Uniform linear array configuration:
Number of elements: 12
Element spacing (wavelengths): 0.25
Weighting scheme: hann
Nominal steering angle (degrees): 45
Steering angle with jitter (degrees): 44.424
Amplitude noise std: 0.05
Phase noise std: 0.05

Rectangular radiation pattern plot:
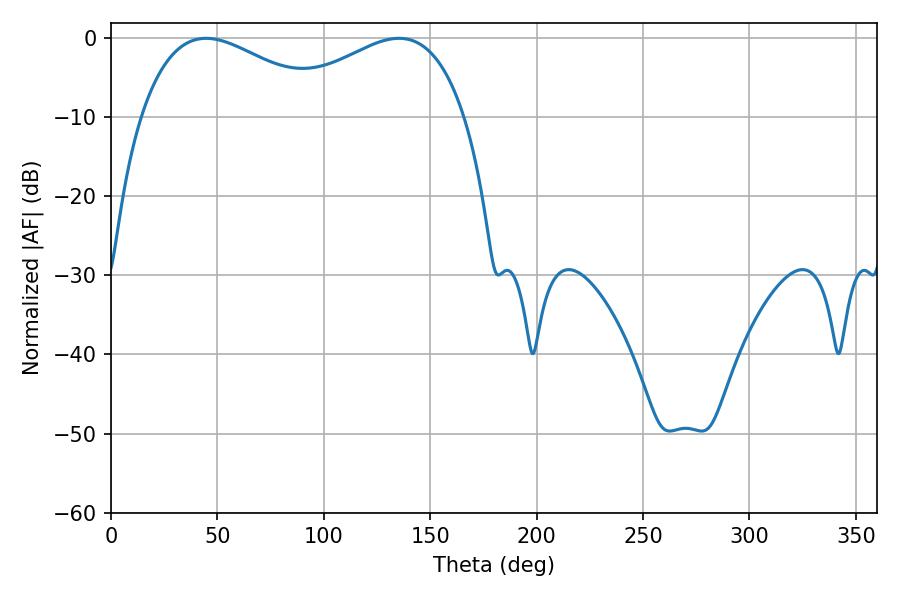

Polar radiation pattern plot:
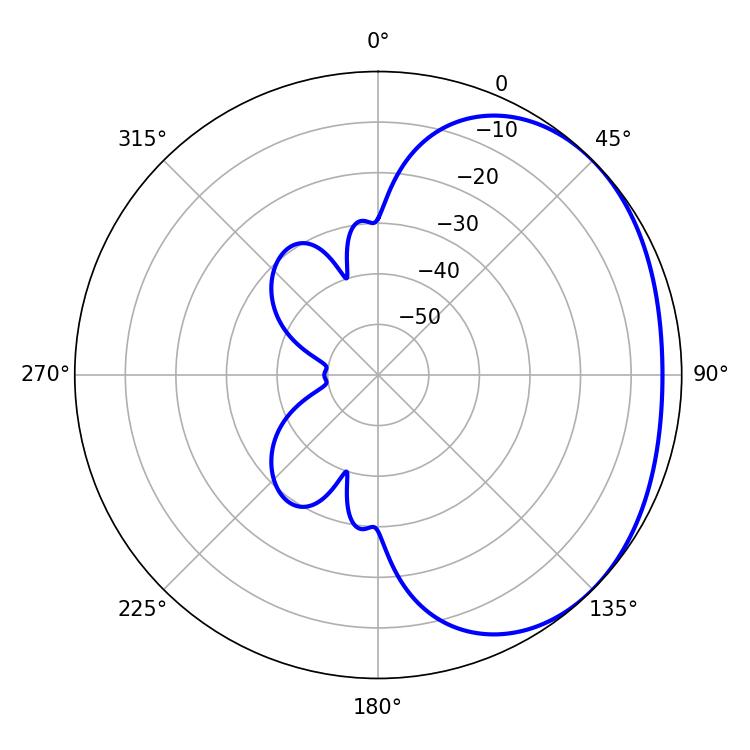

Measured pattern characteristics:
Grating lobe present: FALSE
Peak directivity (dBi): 1.952
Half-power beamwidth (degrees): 49.14
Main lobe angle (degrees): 44.64